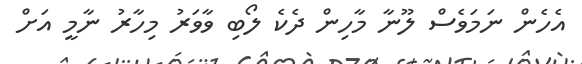
އެހެން ނަމަވެސް ލޫނާ މާހިން ދެކެ ލޯބި ވާވަރު މިހާރު ނާމީ އަށް